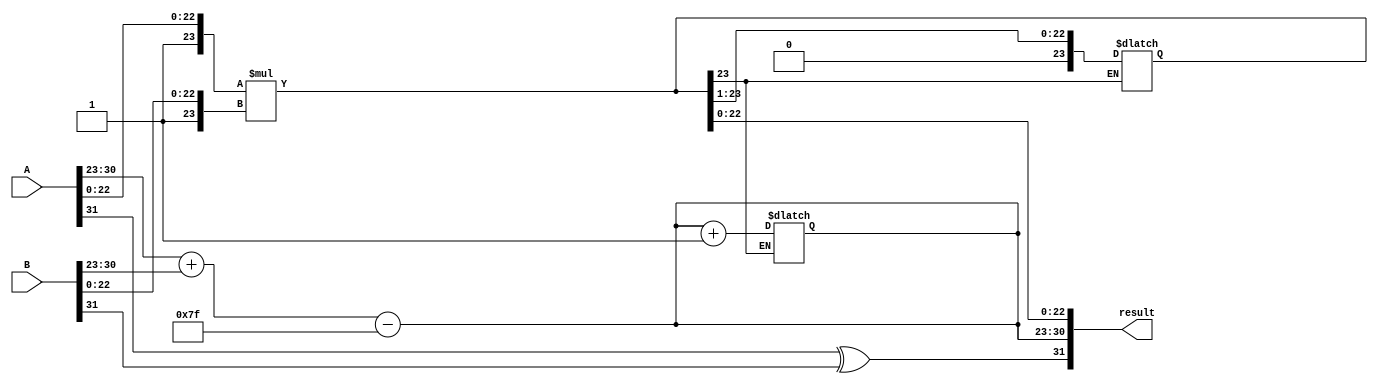
module radix4_fp_multiplier (
    input [31:0] A, // First floating-point number
    input [31:0] B, // Second floating-point number
    output reg [31:0] result // Output floating-point number
);

    // IEEE 754 parameters
    localparam SIGN_BIT = 31;
    localparam EXPONENT_BITS = 8;
    localparam MANTISSA_BITS = 23;
    localparam EXPONENT_BIAS = 127;

    reg [SIGN_BIT:0] sign_result;
    reg [EXPONENT_BITS-1:0] exponent_result;
    reg [MANTISSA_BITS:0] mantissa_A, mantissa_B, mantissa_result;
    
    // Extract sign, exponent, and mantissa from inputs
    wire sign_A = A[SIGN_BIT];
    wire sign_B = B[SIGN_BIT];
    wire [EXPONENT_BITS-1:0] exponent_A = A[SIGN_BIT-1: SIGN_BIT - EXPONENT_BITS];
    wire [EXPONENT_BITS-1:0] exponent_B = B[SIGN_BIT-1: SIGN_BIT - EXPONENT_BITS];
    wire [MANTISSA_BITS-1:0] mantissa_A_raw = A[MANTISSA_BITS-1:0];
    wire [MANTISSA_BITS-1:0] mantissa_B_raw = B[MANTISSA_BITS-1:0];

    // Normalize mantissas
    always @(*) begin
        mantissa_A = {1'b1, mantissa_A_raw}; // Implicit leading 1 for normalization
        mantissa_B = {1'b1, mantissa_B_raw}; // Implicit leading 1 for normalization
    end

    // Sign result
    always @(*) begin
        sign_result = sign_A ^ sign_B;
    end

    // Exponent calculation
    always @(*) begin
        exponent_result = (exponent_A + exponent_B - EXPONENT_BIAS);
    end

    // Generate partial products using Radix-4 Booth's algorithm
    wire [2*MANTISSA_BITS:0] partial_product; // Placeholder for partial products
    // Implement Radix-4 Booth encoding here
    // This is a placeholder; actual implementation would require more detail

    // Accumulate partial products (simple addition for illustration)
    always @(*) begin
        mantissa_result = mantissa_A * mantissa_B; // Multiply mantissas (simplified)
        // Perform addition of partial products as per Booth's encoding
    end

    // Normalize result mantissa if necessary
    always @(*) begin
        if (mantissa_result[MANTISSA_BITS]) begin
            mantissa_result = mantissa_result >> 1; // Right shift if overflow
            exponent_result = exponent_result + 1; // Adjust exponent
        end
    end

    // Construct final result
    always @(*) begin
        result = {sign_result, exponent_result, mantissa_result[MANTISSA_BITS-1:0]};
    end

endmodule